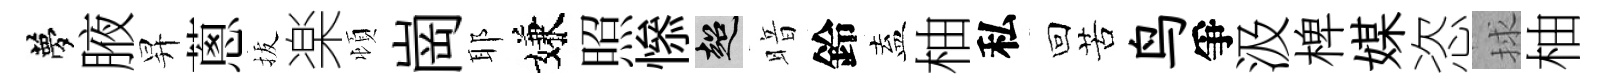
夢腋昇蔥拔楽頓崗耶嫌照𢡖超暗鈴盍柚私回苦鸟爭汲椑媒恣捄柚